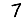
Digit: 7